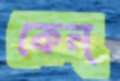
কেন্